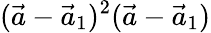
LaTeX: (\vec{a}-\vec{a}_{1})^{2}(\vec{a}-\vec{a}_{1})